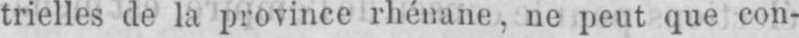
trielles de la province rhénane, ne peut que con-